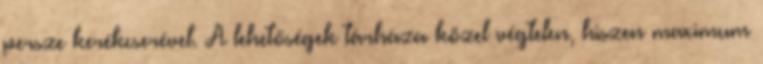
persze kerékcserével. A lehetőségek tárháza közel végtelen, hiszen maximum